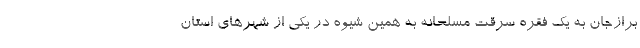
برازجان به یک فقره سرقت مسلحانه به همین شیوه در یکی از شهرهای استان